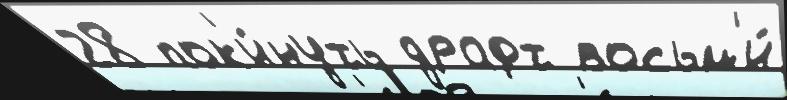
28 пок'и́нуть драфт восьм'и́